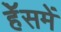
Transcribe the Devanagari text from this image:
हॅेसमें